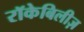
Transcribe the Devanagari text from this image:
रॉकेबिलीज़